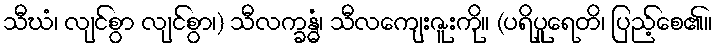
သီဃံ၊ လျင်စွာ လျင်စွာ၊) သီလက္ခန္ဓံ၊ သီလကျေးဇူးကို။ (ပရိပူရေတိ၊ ပြည့်စေ၏။